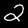
Label: 2